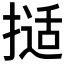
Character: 𰔖